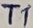
Text: T1